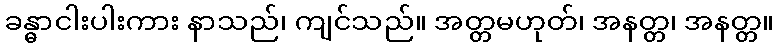
ခန္ဓာငါးပါးကား နာသည်၊ ကျင်သည်။ အတ္တမဟုတ်၊ အနတ္တ၊ အနတ္တ။